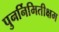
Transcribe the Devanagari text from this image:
पुनर्निमितीक्षम